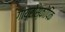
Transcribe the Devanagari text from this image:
गायरोस्कोपिक